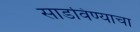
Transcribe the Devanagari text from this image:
साडविण्याचा